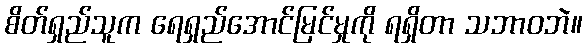
စိတ်ရှည်သူက ရေရှည်အောင်မြင်မှုကို ရရှိတာ သဘာဝဘဲ။